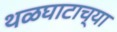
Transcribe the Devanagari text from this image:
थळघाटाच्या